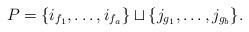
LaTeX: \begin{align*}P=\{i_{f_1}, \dots, i_{f_a}\}\sqcup\{j_{g_1}, \dots, j_{g_b}\}.\end{align*}